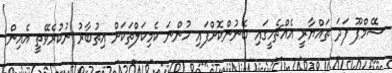
ޝޭމްޕޫ ފަދަ ތައްޔާރީ އެއްޗެހީގައި ބޭނުންކޮށްފައި ހުންނަ ކެމިކަލްތަކަށް އިތުބާރު ނުކުރެވޭތީ އެއިން